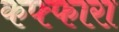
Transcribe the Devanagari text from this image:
कफ्फारा